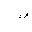
Letter: _sad